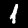
Label: 1